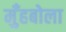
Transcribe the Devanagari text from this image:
मुँहबोला